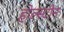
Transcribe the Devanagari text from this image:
होल्स्टीन